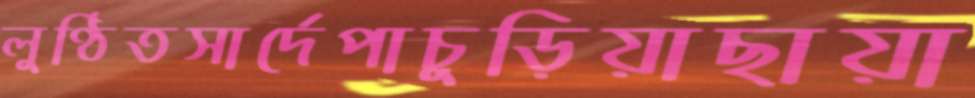
লুণ্ঠিতসার্দেপাচুড়িয়াছায়া